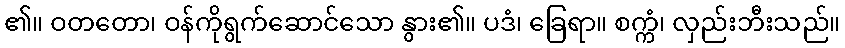
၏။ ဝတတော၊ ဝန်ကိုရွက်ဆောင်သော နွား၏။ ပဒံ၊ ခြေရာ။ စက္ကံ၊ လှည်းဘီးသည်။